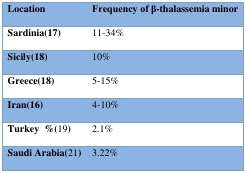
<table><thead><tr><td><b>Location</b></td><td><b>Frequency of β-thalassemia minor</b></td></tr></thead><tbody><tr><td><b>Sardinia(17)</b></td><td>11-34%</td></tr><tr><td><b>Sicily(18)</b></td><td>10%</td></tr><tr><td><b>Greece(18)</b></td><td>5-15%</td></tr><tr><td><b>Iran(16)</b></td><td>4-10%</td></tr><tr><td><b>Turkey %(</b>19<b>)</b></td><td>2.1%</td></tr><tr><td><b>Saudi Arabia</b><b>(</b>21<b>)</b></td><td>3.22%</td></tr></tbody></table>